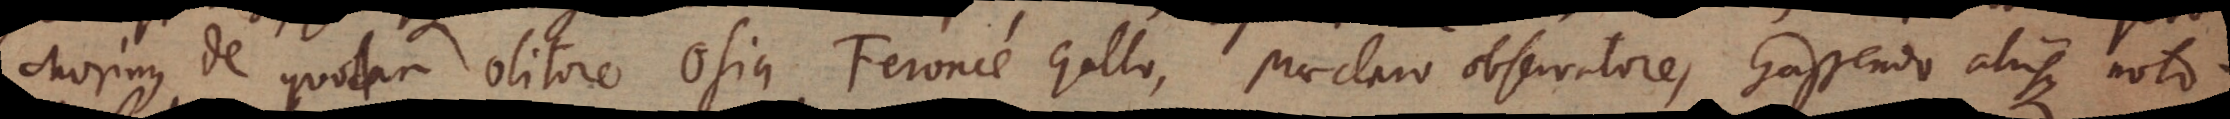
Morinus de quodam olitore Osia Feroncé Gallo, praeclaro observatore, Gassendo aliisque noto.